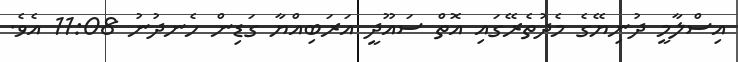
އިސްލާމީ ދުނިޔޭގެ މެދުތެރޭގައި އޮތް ސައޫދީ އަރަބިއްޔާ ގަޑިން ހެނދުނު 11:08 އެވެ.